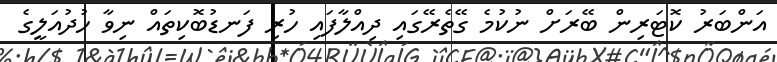
އަންބަރު ކޮޓަރިން ބޭރަށް ނުކުމެ ގޭތެރޭގައި ދިއްލާފައި ހުރި ފަނޑުބޮކިތައް ނިވާ ހުދުއަލީގެ